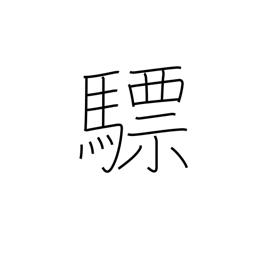
Meaning: white horse